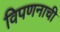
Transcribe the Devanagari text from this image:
विपणनाची